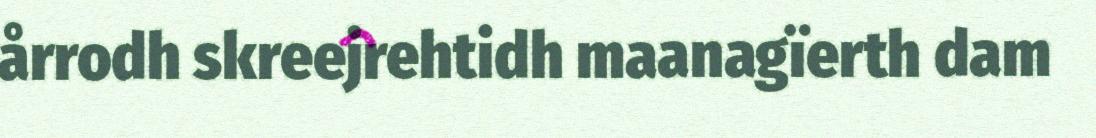
årrodh skreejrehtidh maanagïerth dam